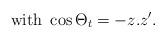
LaTeX: \begin{align*}{\rm with}\ \cos \Theta _{t}= -z.z^{\prime}.\end{align*}